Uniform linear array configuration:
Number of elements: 64
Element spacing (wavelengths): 0.75
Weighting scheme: uniform
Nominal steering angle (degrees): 15
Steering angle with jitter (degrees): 16.459
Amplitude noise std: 0.05
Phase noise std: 0.05

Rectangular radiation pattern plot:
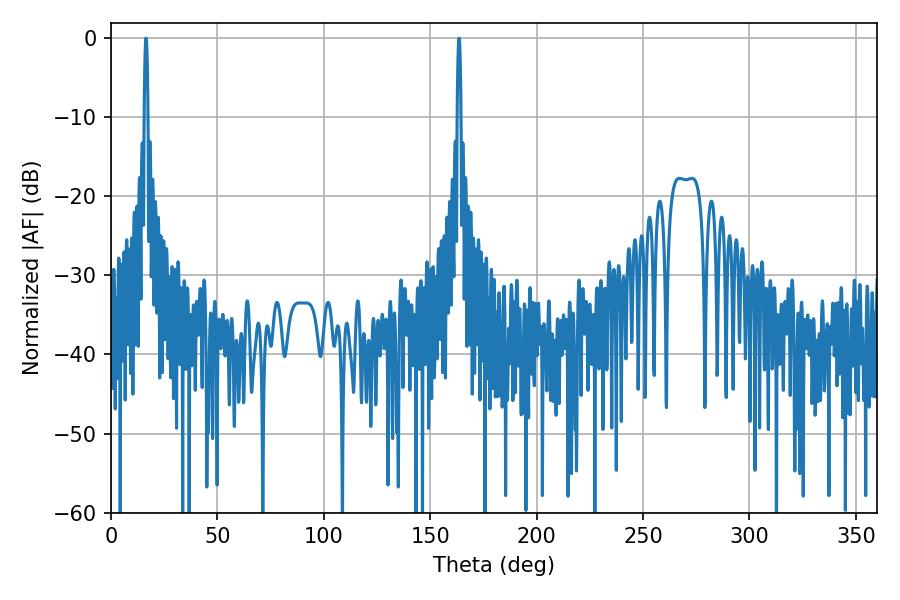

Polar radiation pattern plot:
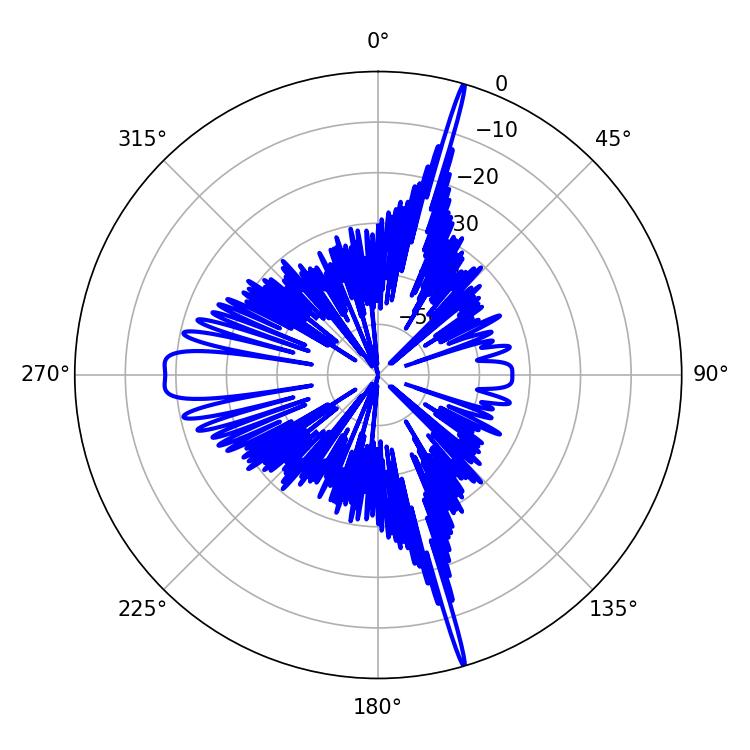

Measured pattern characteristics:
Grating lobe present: TRUE
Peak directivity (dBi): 24.562
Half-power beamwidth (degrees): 0.9
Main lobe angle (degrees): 163.62